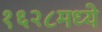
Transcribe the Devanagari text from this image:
१६२८मध्ये